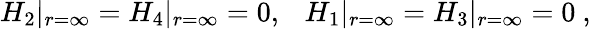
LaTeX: H_{2}|_{r=\infty}=H_{4}|_{r=\infty}=0,\ \ \ H_{1}|_{r=\infty}=H_{3}|_{r=\infty}=0\ ,